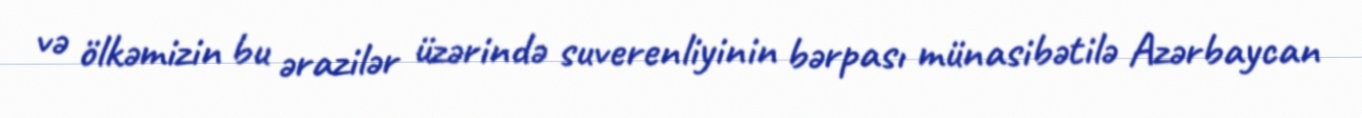
və ölkəmizin bu ərazilər üzərində suverenliyinin bərpası münasibətilə Azərbaycan